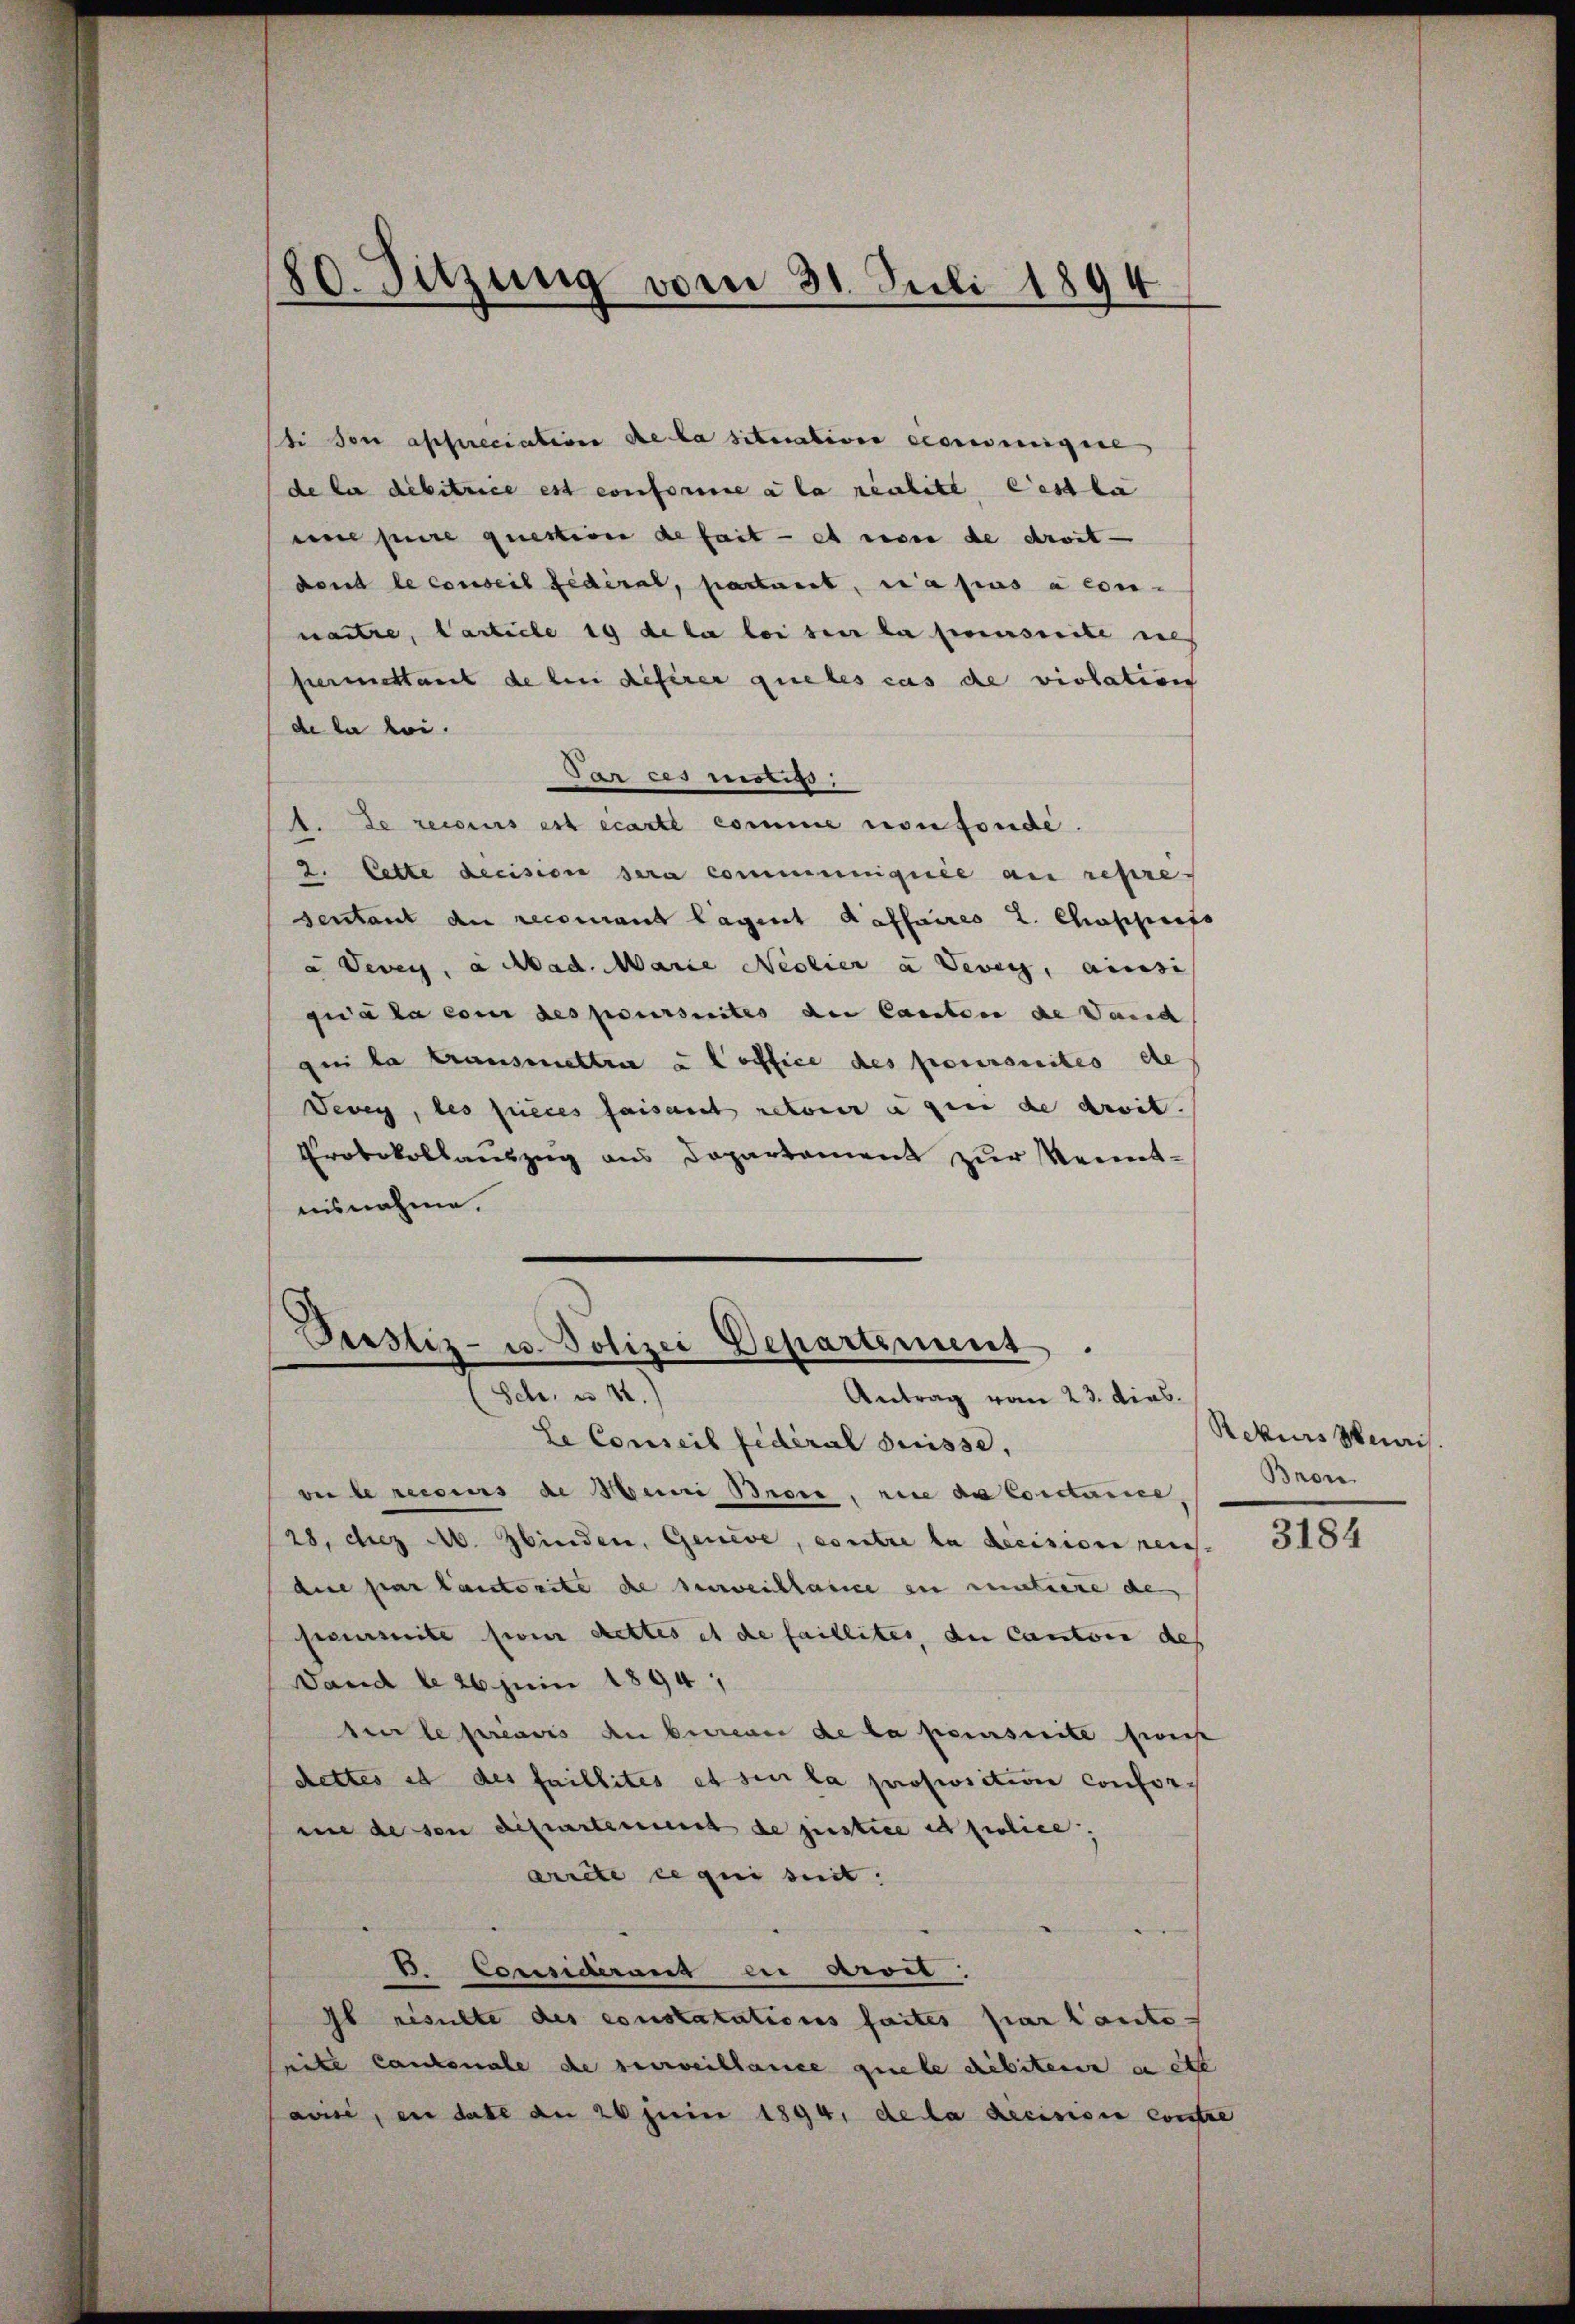
80. Sitzung vom 31. Juli 1894

ti son asserciations de la situatione sowenige
de la debitrice est conforme a la realite Cesla
eine pure question de fait — es non de droit —
dent le conseil fédéral, pastant, es a pas à con-
naitre, Carticle 19 de la leisen la pensuite des
permettant de bei dieserer queles cas die violation
de la loi.
Par ces nötig.
1. Le recius est écarte comme confonde.
2. Cette decision sera communiquée au repre
sentant an recomant lagert Haffaires L. Chapparts
a Vevey, a Mad. Marie Neolier a Vevey, ainsi
gia la con des poursuites der Canton de Vaud
qui la transmettra u office des poursuites de
Devey, des succes faisant retour angen die droit.
Protokollauszug aus Departement zur Kenntnisnahme.

Pustiz- u. Polizei Departement.
Schr. u 12.
Antrag vom 23. dies

le Conseil fédéral Suisse,
ve le reiseurs de Mein Broir, wie da Conclurice
28. dez M. binden, Genève, contre la decision reic
di par lautorite die herweichlassce in mutiere de
semmite sie dettes et de faillites, der Canton des
Sand de 26 Juni 1894,
sur le préavis an betreuer de la penseite sie
dettes et des faillites et sur la proposition conforme de son departement de justice et police,
arite ce qui seit
B. Consideranz in Arvet:
Ib risulte des constatations faites par laute.
seite Cantonale de surveillance quele debiten a ebe
avise, en date an 26 Juni 1894, de la decisisia contre

Rekurs mai
Bron

3184